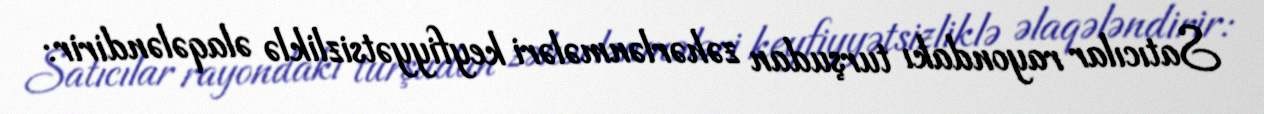
Satıcılar rayondakı turşudan zəhərlənmələri keyfiyyətsizliklə əlaqələndirir: